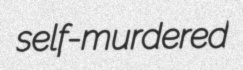
self-murdered